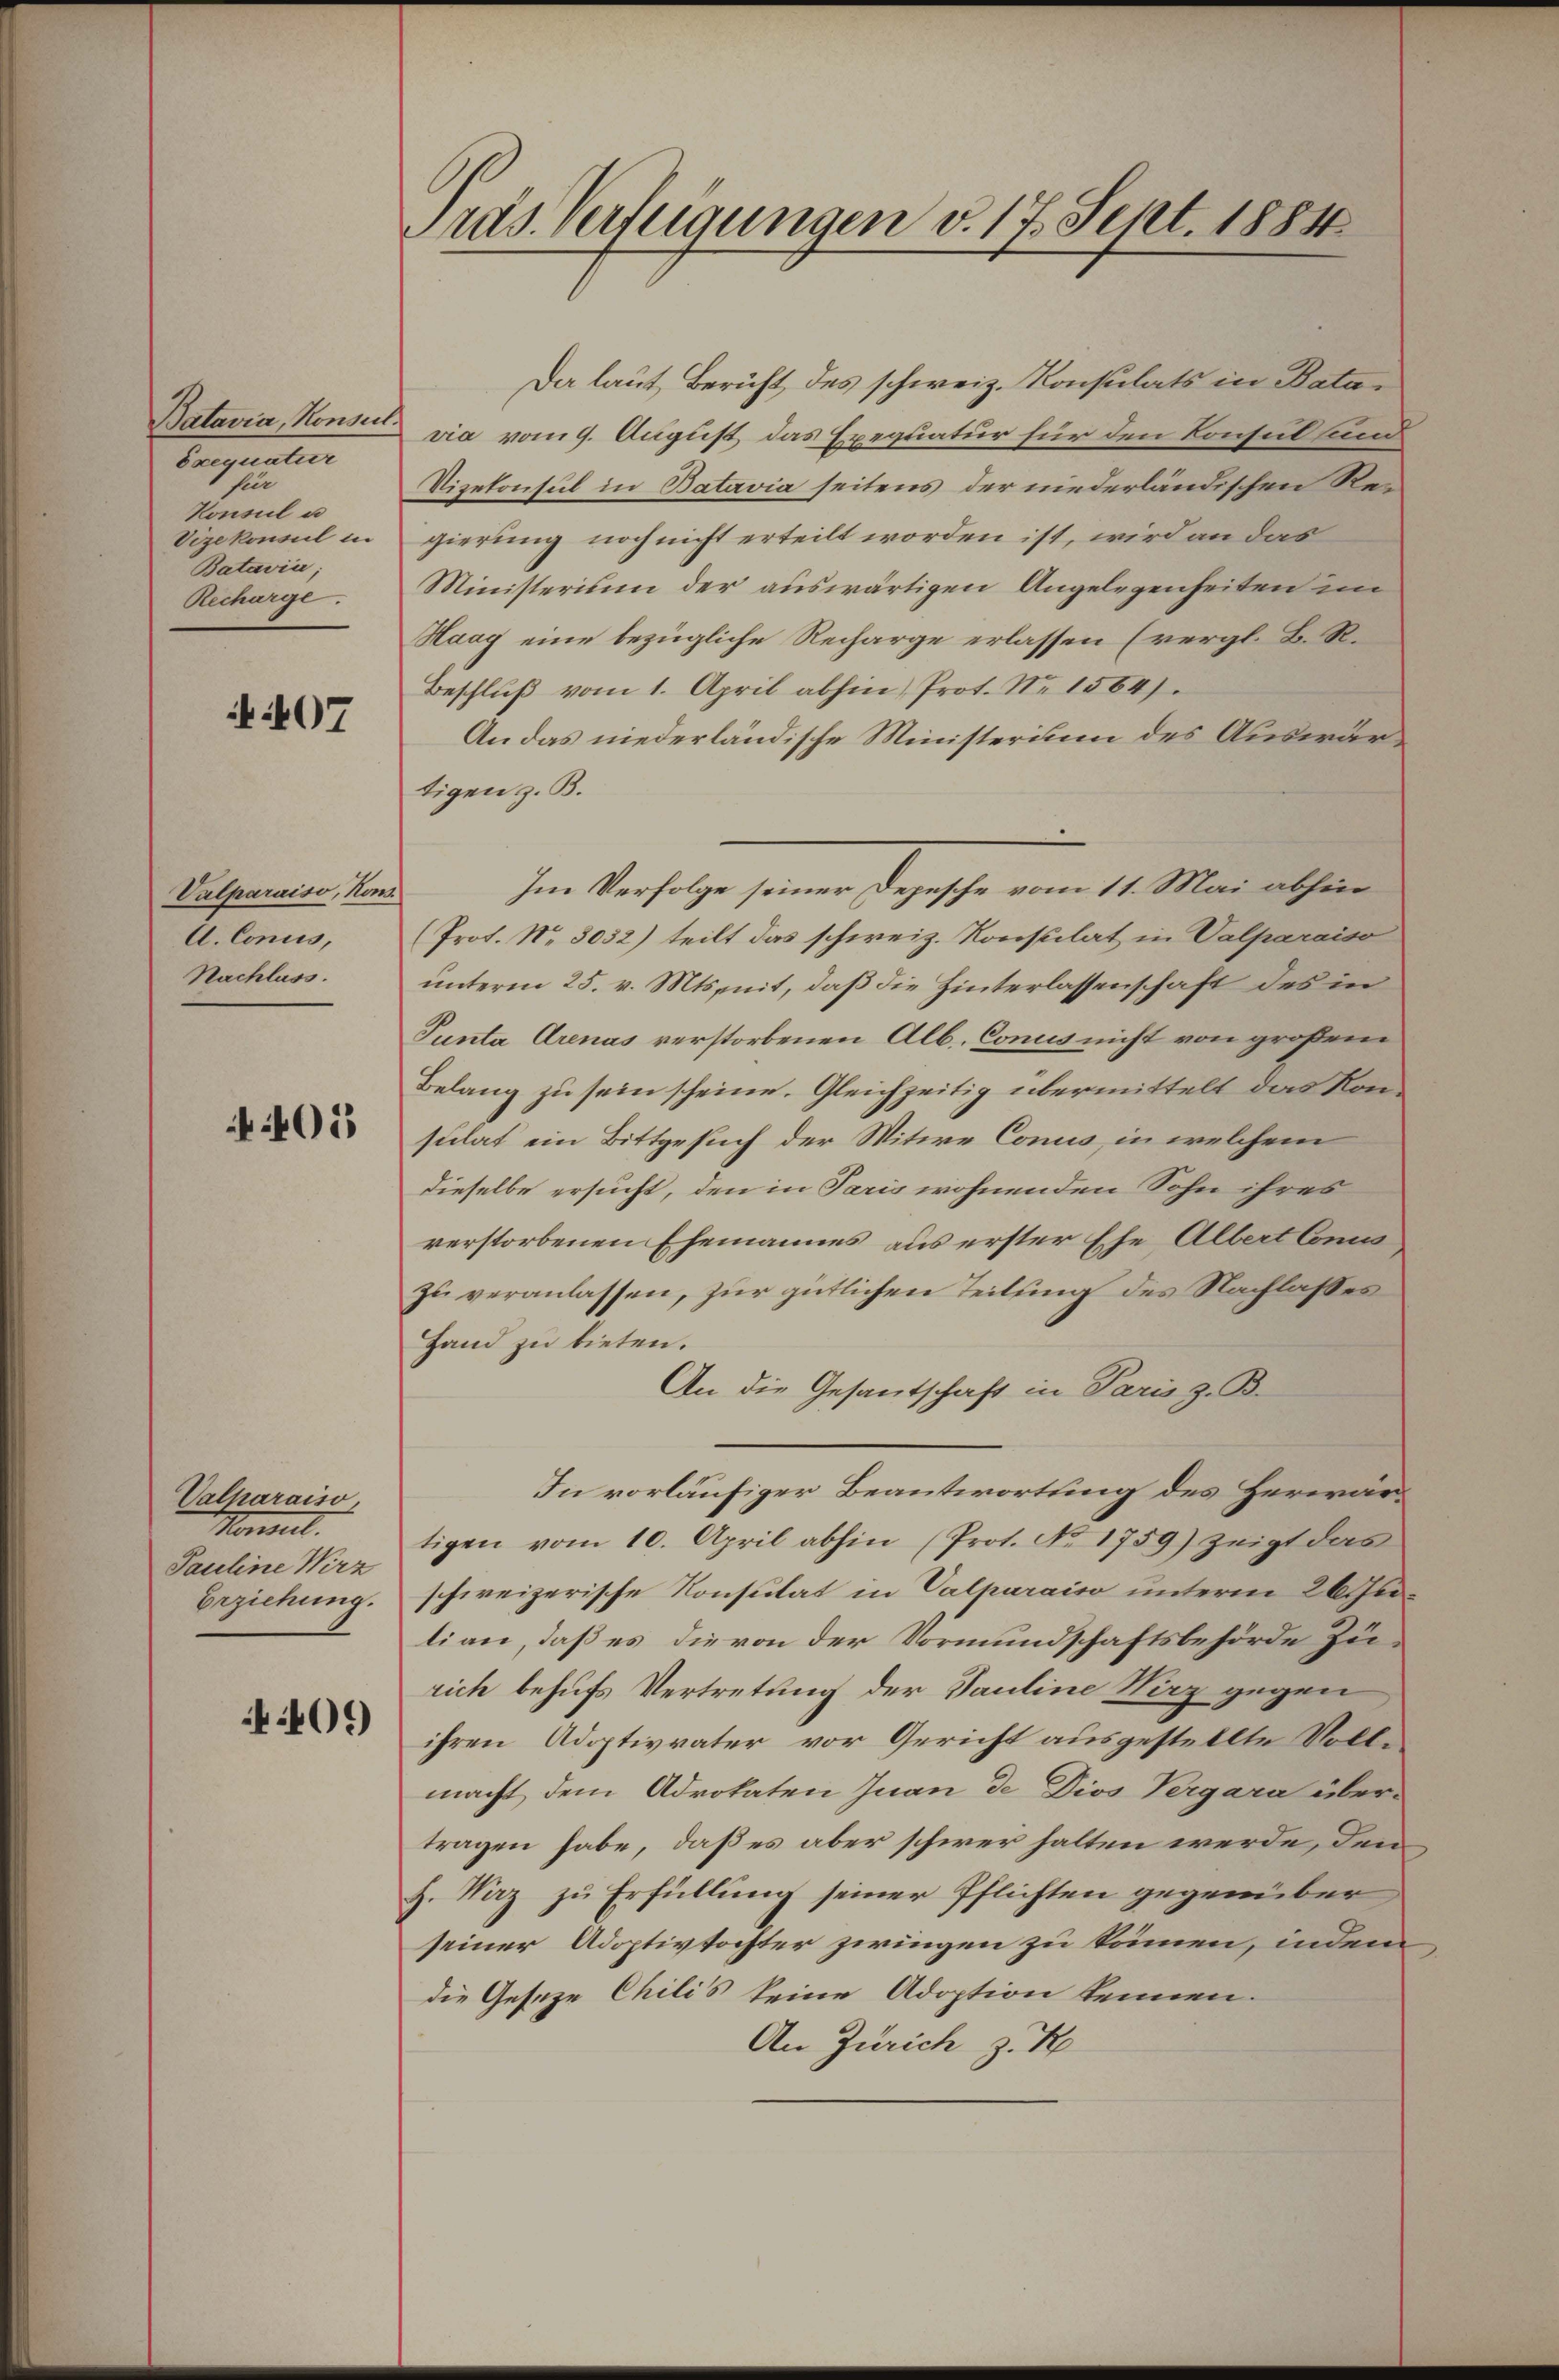
Batavia, Konsen
Vorigentue
n
Konsul u
Vizekonsul in
Batavia;
Recharge.

A 407

Valparaiso, Kons
A. Concis,
Nachlass.

405

Valharaiso
Morell.
Pauline Wirz
Erziehung.

440.

Präs. Verfügungen v. 17. Sept. 1884

Da laut Bericht, des schweiz. Konsulats in Batavia vom 9. August das Exequatur für den Konsul sind
Vizekonsul in Batavia seitens der niederländischen Regierung noch nicht erteilt worden ist, wird an das
Ministerium der auswärtigen Angelegenheiten im
Haay eine bezügliche Recharge erlassen (vergl. B. R.
Beschluß vom 1. April abhin) Prot. Nr. 1564).
An das niederländische Ministerium des Auswärtigen z. B.
Im Verfolge seiner Depesche vom 11. Mai abhin
(Prot. No. 3032) teilt das schweiz. Konsulat in Valparaiso
unterm 25. v. Mts. nit, daß die Hinterlassenschaft des in
Punta Arenas verstorbenen Alb. Conus nicht von großem
Belang zu sein scheine. Gleichzeitig übermittelt das Konsulat ein Bittgesuch der Mitwe Concis, in welchem
dieselbe ersucht, den in Paris wohnenden Sohn ihres
verstorbenen Ehemannes aus erster Ehe Albert Cons
zu veranlassen, zur gütlichen Teilung des Nachlasses
Hand zu bieten.
An die Gesantschaft in Paris z. B.
In vorläufiger Beantwortung des Herrrartigen vom 10. April abhin (Prot. No. 1759) zeigt das
schweizerische Konsulat in Valparaiso unterm 26 t Julian, daß es die von der Vormundschaftsbehörde Zürich behufs Vertretung der Pauline Wirz gegen
ihren Adoptivvater vor Gericht ausgestellte Vollmacht dem Advokaten Juan de Dios Vergara über-
tragen habe, daß es aber schwer halten werde, den
H. Vaz zu Erfüllung seiner Pflichten gegenüber
seiner Adoptivtochter zwingen zu können, indem
die Geseze Chilis keine Adoption kennen.
An Zürich z. K